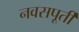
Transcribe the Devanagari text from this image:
नवसपूर्ती